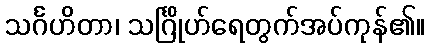
သင်္ဂဟိတာ၊ သင်္ဂြိုဟ်ရေတွက်အပ်ကုန်၏။